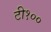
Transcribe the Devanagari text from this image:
टी१००